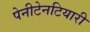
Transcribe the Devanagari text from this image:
पेनीटेनटियारी